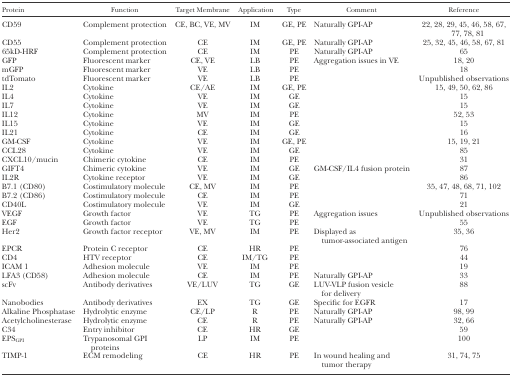
<table><thead><tr><td><b>Protein</b></td><td><b>Function</b></td><td><b>Target Membrane</b></td><td><b>Application</b></td><td><b>Type</b></td><td><b>Comment</b></td><td><b>Reference</b></td></tr></thead><tbody><tr><td>CD59</td><td>Complement protection</td><td>CE, BC, VE, MV</td><td>IM</td><td>GE, PE</td><td>Naturally GPI-AP</td><td>22, 28, 29, 45, 46, 58, 67, 77, 78, 81</td></tr><tr><td>CD55</td><td>Complement protection</td><td>CE</td><td>IM</td><td>GE, PE</td><td>Naturally GPI-AP</td><td>25, 32, 45, 46, 58, 67, 81</td></tr><tr><td>65kD-HRF</td><td>Complement protection</td><td>CE</td><td>IM</td><td>PE</td><td>Naturally GPI-AP</td><td>65</td></tr><tr><td>GFP</td><td>Fluorescent marker</td><td>CE, VE</td><td>LB</td><td>PE</td><td>Aggregation issues in VE</td><td>18, 20</td></tr><tr><td>mGFP</td><td>Fluorescent marker</td><td>VE</td><td>LB</td><td>PE</td><td></td><td>18</td></tr><tr><td>tdTomato</td><td>Fluorescent marker</td><td>VE</td><td>LB</td><td>PE</td><td></td><td>Unpublished observations</td></tr><tr><td>IL2</td><td>Cytokine</td><td>CE/AE</td><td>IM</td><td>GE, PE</td><td></td><td>15, 49, 50, 62, 86</td></tr><tr><td>IL4</td><td>Cytokine</td><td>VE</td><td>IM</td><td>GE</td><td></td><td>15</td></tr><tr><td>IL7</td><td>Cytokine</td><td>VE</td><td>IM</td><td>GE</td><td></td><td>15</td></tr><tr><td>IL12</td><td>Cytokine</td><td>MV</td><td>IM</td><td>PE</td><td></td><td>52, 53</td></tr><tr><td>IL15</td><td>Cytokine</td><td>VE</td><td>IM</td><td>GE</td><td></td><td>15</td></tr><tr><td>IL21</td><td>Cytokine</td><td>CE</td><td>IM</td><td>GE</td><td></td><td>16</td></tr><tr><td>GM-CSF</td><td>Cytokine</td><td>VE</td><td>IM</td><td>GE, PE</td><td></td><td>15, 19, 21</td></tr><tr><td>CCL28</td><td>Cytokine</td><td>VE</td><td>IM</td><td>GE</td><td></td><td>85</td></tr><tr><td>CXCL10/mucin</td><td>Chimeric cytokine</td><td>CE</td><td>IM</td><td>PE</td><td></td><td>31</td></tr><tr><td>GIFT4</td><td>Chimeric cytokine</td><td>VE</td><td>IM</td><td>GE</td><td>GM-CSF/IL4 fusion protein</td><td>87</td></tr><tr><td>IL2R</td><td>Cytokine receptor</td><td>VE</td><td>IM</td><td>GE</td><td></td><td>86</td></tr><tr><td>B7.1 (CD80)</td><td>Costimulatory molecule</td><td>CE, MV</td><td>IM</td><td>PE</td><td></td><td>35, 47, 48, 68, 71, 102</td></tr><tr><td>B7.2 (CD86)</td><td>Costimulatory molecule</td><td>CE</td><td>IM</td><td>PE</td><td></td><td>71</td></tr><tr><td>CD40L</td><td>Costimulatory molecule</td><td>VE</td><td>IM</td><td>GE</td><td></td><td>21</td></tr><tr><td>VEGF</td><td>Growth factor</td><td>VE</td><td>TG</td><td>PE</td><td>Aggregation issues</td><td>Unpublished observations</td></tr><tr><td>EGF</td><td>Growth factor</td><td>VE</td><td>TG</td><td>PE</td><td></td><td>55</td></tr><tr><td>Her2</td><td>Growth factor receptor</td><td>VE, MV</td><td>IM</td><td>PE</td><td>Displayed as tumor-associated antigen</td><td>35, 36</td></tr><tr><td>EPCR</td><td>Protein C receptor</td><td>CE</td><td>HR</td><td>PE</td><td></td><td>76</td></tr><tr><td>CD4</td><td>HTV receptor</td><td>CE</td><td>IM/TG</td><td>PE</td><td></td><td>44</td></tr><tr><td>ICAM 1</td><td>Adhesion molecule</td><td>VE</td><td>IM</td><td>PE</td><td></td><td>19</td></tr><tr><td>LFA3 (CD58)</td><td>Adhesion molecule</td><td>CE</td><td>IM</td><td>PE</td><td>Naturally GPI-AP</td><td>33</td></tr><tr><td>scFv</td><td>Antibody derivatives</td><td>VE/LUV</td><td>TG</td><td>GE</td><td>LUV-VLP fusion vesicle for delivery</td><td>88</td></tr><tr><td>Nanobodies</td><td>Antibody derivatives</td><td>EX</td><td>TG</td><td>GE</td><td>Specific for EGFR</td><td>17</td></tr><tr><td>Alkaline Phosphatase</td><td>Hydrolytic enzyme</td><td>CE/LP</td><td>R</td><td>PE</td><td>Naturally GPI-AP</td><td>98, 99</td></tr><tr><td>Acetylcholinesterase</td><td>Hydrolytic enzyme</td><td>CE</td><td>R</td><td>PE</td><td>Naturally GPI-AP</td><td>32, 66</td></tr><tr><td>C34</td><td>Entry inhibitor</td><td>CE</td><td>HR</td><td>GE</td><td></td><td>59</td></tr><tr><td>EPS<sub>GPI</sub></td><td>Trypanosomal GPI proteins</td><td>LP</td><td>IM</td><td>PE</td><td></td><td>100</td></tr><tr><td>TIMP-1</td><td>ECM remodeling</td><td>CE</td><td>HR</td><td>PE</td><td>In wound healing and tumor therapy</td><td>31, 74, 75</td></tr></tbody></table>